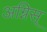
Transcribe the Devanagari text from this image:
अग्निस्